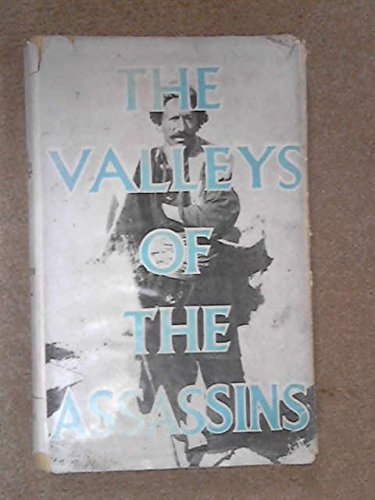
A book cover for The valleys of the Assassins,: And other Persian travels; Freya Stark; Travel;